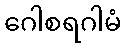
ဂေါစရဂါမံ